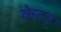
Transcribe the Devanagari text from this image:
केटन